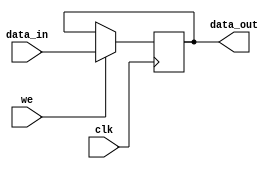
`timescale 1ns / 1ps
//////////////////////////////////////////////////////////////////////////////////
// Company: 
// Engineer: 
// 
// Design Name: 
// Module Name:    sevenSeg 
// Project Name: 
// Target Devices: 
// Tool versions: 
// Description: 
//
// Dependencies: 
//
// Revision: 
// Revision 0.01 - File Created
// Additional Comments: 
//
//////////////////////////////////////////////////////////////////////////////////
module interface_seg(
		input [11:0] data_in,
		output reg [11:0] data_out,
		input we,
		input clk
    );

		always @(posedge clk) begin
			if(we) begin
				data_out <= data_in;
			end
		end

endmodule